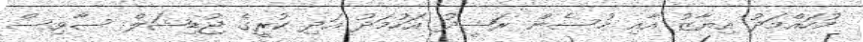
މުހައްމަދު އިޔާޒު އާއި ހުސެން ރަޝީދު އަހުމަދު އަދި ކުރީގެ ޖުޑިޝަލް ސާވިސް